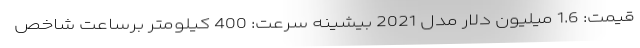
قیمت: 1.6 میلیون دلار مدل 2021 بیشینه سرعت: 400 کیلومتر برساعت شاخص